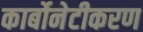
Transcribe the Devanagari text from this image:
कार्बोनेटीकरण